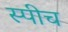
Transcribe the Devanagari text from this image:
स्‍पीच